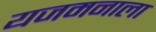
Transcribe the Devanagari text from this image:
यजमनाला